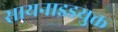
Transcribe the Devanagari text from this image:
सायनाइडयुक्त